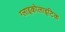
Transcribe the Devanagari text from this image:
ग्लाइकोलाइटिक